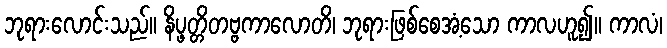
ဘုရားလောင်းသည်။ နိပ္ဖတ္တိတဗ္ဗကာလောတိ၊ ဘုရားဖြစ်စေအံ့သော ကာလဟူ၍။ ကာလံ၊